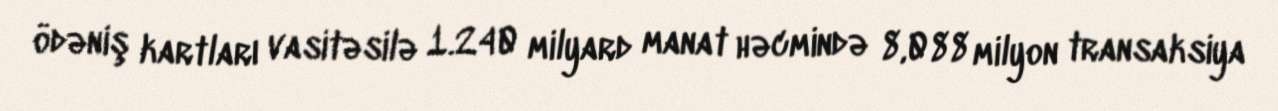
ödəniş kartları vasitəsilə 1.240 milyard manat həcmində 8,088 milyon transaksiya